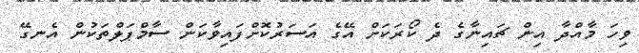
ވިހަ މާއްދާ އިން ޗައިނާގެ ދެ ކޯރަކަށް އޭގެ އަސަރުކޮށްފައިވާކަން ސާމްޕަލްތަކުން އެނގޭ